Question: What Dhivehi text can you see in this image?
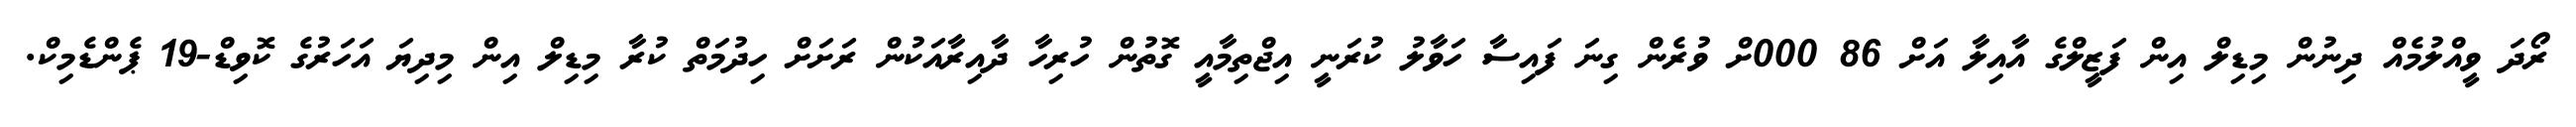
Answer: ރޯދަ ވީއްލުމެއް ދިނުން މިޑިލް އިން ފަޒީލްގެ އާއިލާ އަށް 86 000ށް ވުރެން ގިނަ ފައިސާ ހަވާލު ކުރަނީ އިޖްތިމާއީ ގޮތުން ހުރިހާ ދާއިރާއަކުން ރަށަށް ހިދުމަތް ކުރާ މިޑިލް އިން މިދިޔަ އަހަރުގެ ކޮވިޑް-19 ޕެންޑެމިކް.